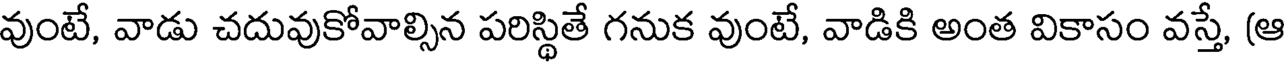
వుంటే, వాడు చదువుకోవాల్సిన పరిస్థితే గనుక వుంటే, వాడికి అంత వికాసం వస్తే, (ఆ